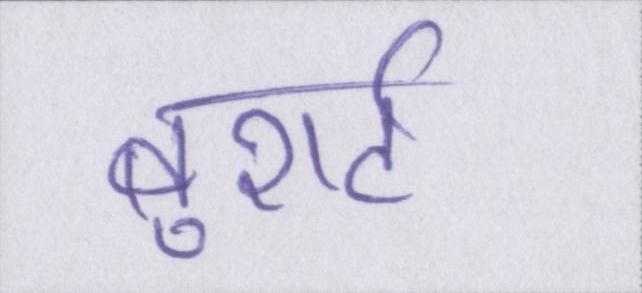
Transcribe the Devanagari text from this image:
बुशर्ट